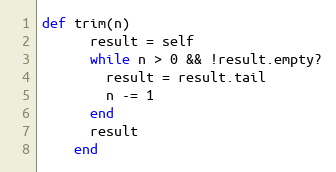
Language: Ruby
def trim(n)
      result = self
      while n > 0 && !result.empty?
        result = result.tail
        n -= 1
      end
      result
    end